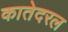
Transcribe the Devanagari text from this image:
कातेदरल